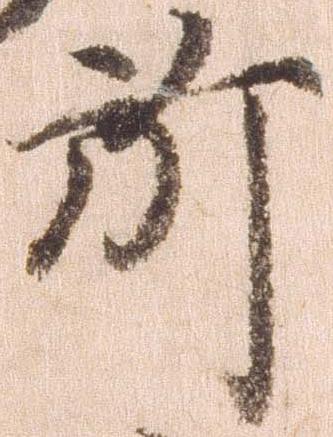
所